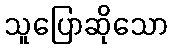
သူပြောဆိုသော